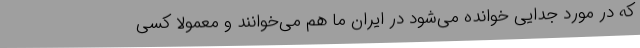
که در مورد جدایی خوانده می‌شود در ایران ما هم می‌خوانند و معمولا کسی